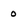
Character: O